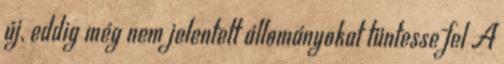
új, eddig még nem jelentett állományokat tüntesse fel A